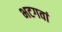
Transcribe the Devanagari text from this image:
भटगवां